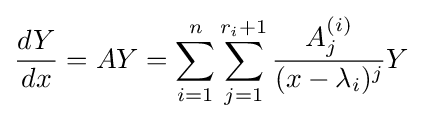
{\frac {dY}{dx}}=AY=\sum _{i=1}^{n}\sum _{j=1}^{r_{i}+1}{\frac {A_{j}^{(i)}}{(x-\lambda _{i})^{j}}}Y